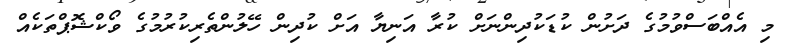
މި އެއްބަސްވުމުގެ ދަށުން ކުޑަކުދިންނަށް ކުރާ އަނިޔާ އަށް ކުދިން ހޭލުންތެރިކުރުމުގެ ވޯކްޝޮޕްތަކެއް